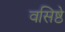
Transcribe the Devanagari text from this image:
वसिष्ठे